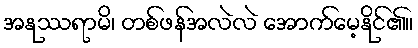
အနုဿရာမိ၊ တစ်ဖန်အလဲလဲ အောက်မေ့နိုင်၏။